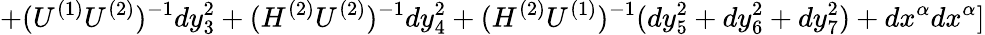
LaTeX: +(U^{(1)}U^{(2)})^{-1}dy_{3}^{2}+(H^{(2)}U^{(2)})^{-1}dy_{4}^{2}+(H^{(2)}U^{(1)})^{-1}(dy_{5}^{2}+dy_{6}^{2}+dy_{7}^{2})+dx^{\alpha}dx^{\alpha}]